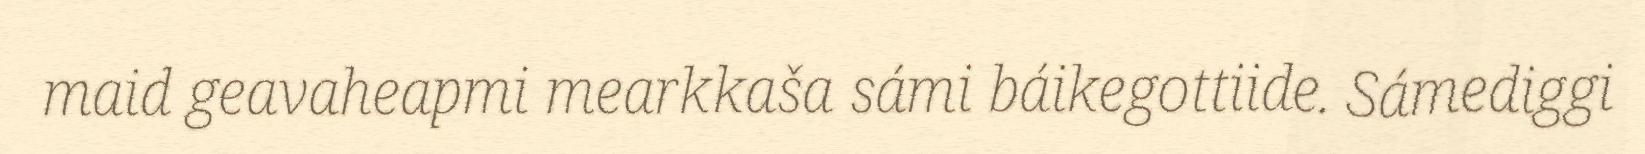
maid geavaheapmi mearkkaša sámi báikegottiide. Sámediggi